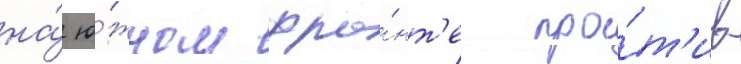
на́ ю́жном фро́нт'е про́т'ив